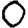
Digit: 0